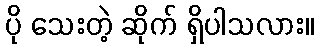
ပို သေးတဲ့ ဆိုက် ရှိပါသလား။